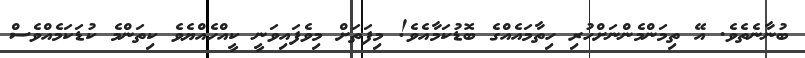
ބުނާނެތެވެ. އޭ ތިމަންމެންނަށްހުރި ހިތާމައެއްގެ ބޮޑުކަމާއެވެ! މިފަތަށް މިވެފައިވަނީ ކީއްހެއްޔެވެ ކިތަންމެ ކުޑަކަމެއްވެސް